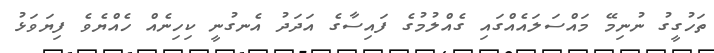
ތަހުގީގު ނުނިމޭ މައްސަލައެއްގައި ގެއްލުމުގެ ފައިސާގެ އަދަދު އެނގުނީ ކިހިނެއް ހެއްޔެވެ ފިޔަވަޅު